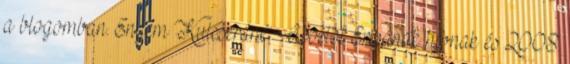
a blogomban. Engem Kulcseráné Apostol Erikának hívnak és 2008